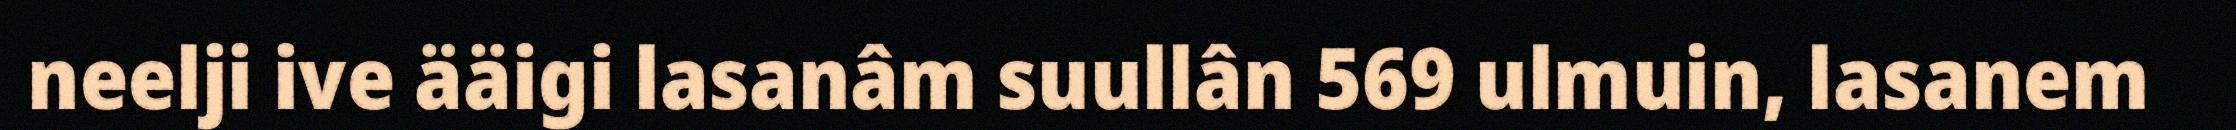
neelji ive ääigi lasanâm suullân 569 ulmuin, lasanem